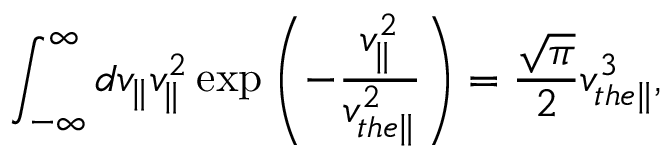
\int _ { - \infty } ^ { \infty } d v _ { \parallel } v _ { \parallel } ^ { 2 } \exp \left( - \frac { v _ { \parallel } ^ { 2 } } { v _ { t h e \parallel } ^ { 2 } } \right) = \frac { \sqrt { \pi } } { 2 } v _ { t h e \parallel } ^ { 3 } ,